Indian journal of veterinary science and animal husbandry - Volume 6,
Year: 1936
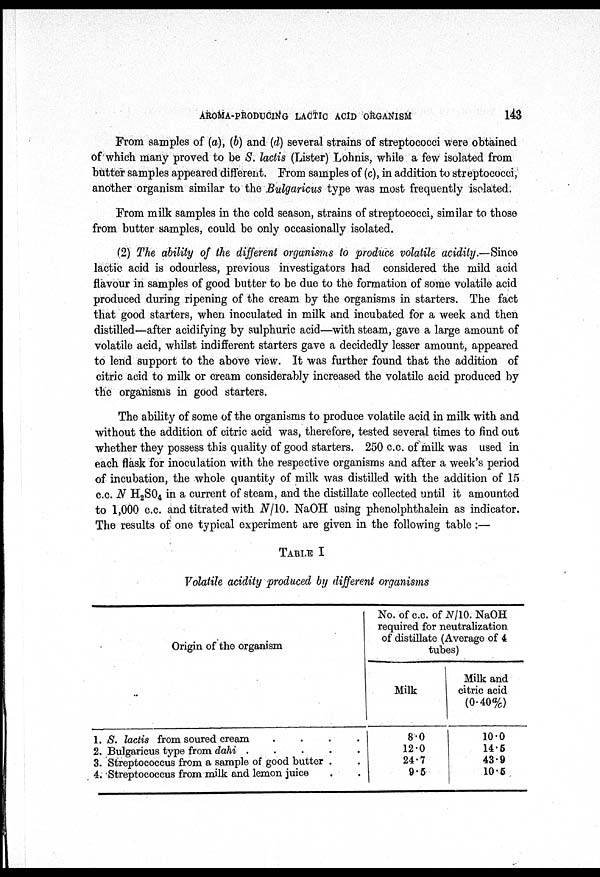
AROMA-PRODUCING LACTIC AClD ORGANISM
143
From samples of (a), (b) and (d) several strains of streptococci were obtained
of which many proved to be S. lactis (Lister) Lohnis, while a few isolated from
butter samples appeared different. From samples of (c), in addition to streptococci,
another organism similar to the Bulgaricus type was most frequently isolated.
From milk samples in the cold season, strains of streptococci, similar to those
from butter samples, could be only occasionally isolated.
(2) The ability of the different organisms to produce volatile acidity.—Since
lactic acid is odourless, previous investigators had considered the mild acid
flavour in samples of good butter to be due to the formation of some volatile acid
produced during ripening of the cream by the organisms in starters. The fact
that good starters, when inoculated in milk and incubated for a week and then
distilled—after acidifying by sulphuric acid—with steam, gave a large amount of
volatile acid, whilst indifferent starters gave a decidedly lesser amount, appeared
to lend support to the above view. It was further found that the addition of
citric acid to milk or cream considerably increased the volatile acid produced by
the organisms in good starters.
The ability of some of the organisms to produce volatile acid in milk with and
without the addition of citric acid was, therefore, tested several times to find out
whether they possess this quality of good starters. 250 c.c. of milk was used in
each flask for inoculation with the respective organisms and after a week's period
of incubation, the whole quantity of milk was distilled with the addition of 15
c.c. N H 2 S0 4 in a current of steam, and the distillate collected until it amounted
to 1,000 c.c. and titrated with N/10. NaOH using phenolphthalein as indicator.
The results of one typical experiment are given in the following table :—
TABLE I
Volatile acidity produced by different organisms
Origin of the organism
1. S. lactis from soured cream
.
.
.
.
2. Bulgaricus type from dahi
.
.
.
.
.
3. Streptococcus from a sample of good butter . .
4. Streptococcus from milk and lemon juice . .
No. of c.c. of N/10. NaOH
required for neutralization
of distillate (Average of 4
tubes)
Milk
8.0
12.0
24.7
9.5
Milk and
citric acid
(0.40%)
10.0
14.5
43.9
10.5